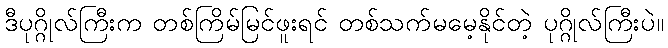
ဒီပုဂ္ဂိုလ်ကြီးက တစ်ကြိမ်မြင်ဖူးရင် တစ်သက်မမေ့နိုင်တဲ့ ပုဂ္ဂိုလ်ကြီးပဲ။